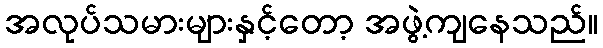
အလုပ်သမားများနှင့်တော့ အဖွဲ့ကျနေသည်။